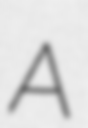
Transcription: A